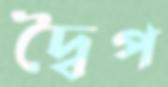
দ্বৈপ